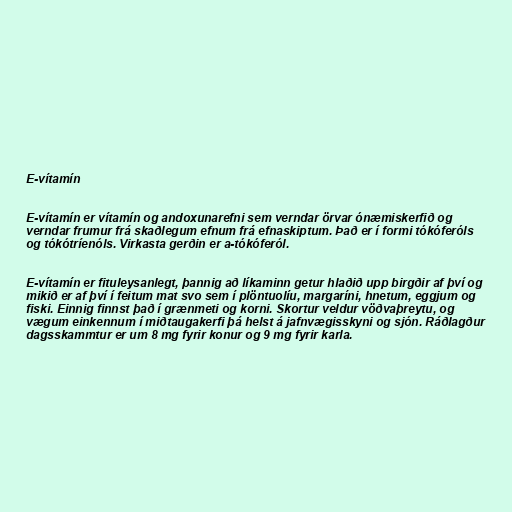
E-vítamín

E-vítamín er vítamín og andoxunarefni sem verndar örvar ónæmiskerfið og
verndar frumur frá skaðlegum efnum frá efnaskiptum. Það er í formi tókóferóls
og tókótríenóls. Virkasta gerðin er a-tókóferól.

E-vítamín er fituleysanlegt, þannig að líkaminn getur hlaðið upp birgðir af því og
mikið er af því í feitum mat svo sem í plöntuolíu, margaríni, hnetum, eggjum og
fiski. Einnig finnst það í grænmeti og korni. Skortur veldur vöðvaþreytu, og
vægum einkennum í miðtaugakerfi þá helst á jafnvægisskyni og sjón. Ráðlagður
dagsskammtur er um 8 mg fyrir konur og 9 mg fyrir karla.